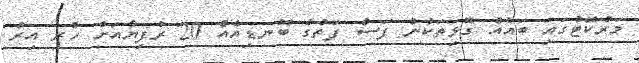
މަރުކޭޓުގައި ބައެއް ގޮޅިތަކުން ފަސް ފަތުގެ ބޮނޑިއެއް 20 ރުފިޔާއަށް ހުރި އިރު